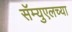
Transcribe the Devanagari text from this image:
सॅम्युएलच्या